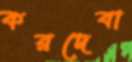
করদেবা